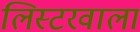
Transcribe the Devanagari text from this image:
लिस्टरवाला